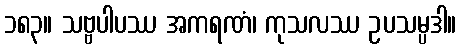
၁၈၃။ သဗ္ဗပါပဿ အကရဏံ၊ ကုသလဿ ဥပသမ္ပဒါ။